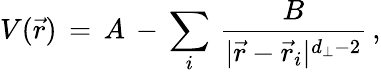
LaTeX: V({\vec{r}})\, =\, A\, -\, \sum_{i}\, {\frac{B}{|{\vec{r}}-{\vec{r}}_{i}|^{d_{\perp}-2}}}\, ,